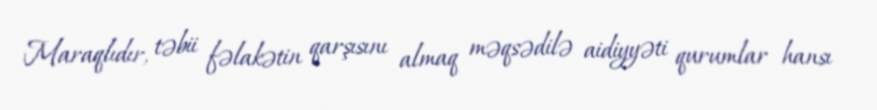
Maraqlıdır, təbii fəlakətin qarşısını almaq məqsədilə aidiyyəti qurumlar hansı